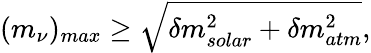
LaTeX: (m_{\nu})_{max}\geq\sqrt{\delta m_{solar}^{2}+\delta m_{atm}^{2}},